Indian journal of veterinary science and animal husbandry - Volume 12,
Year: 1942
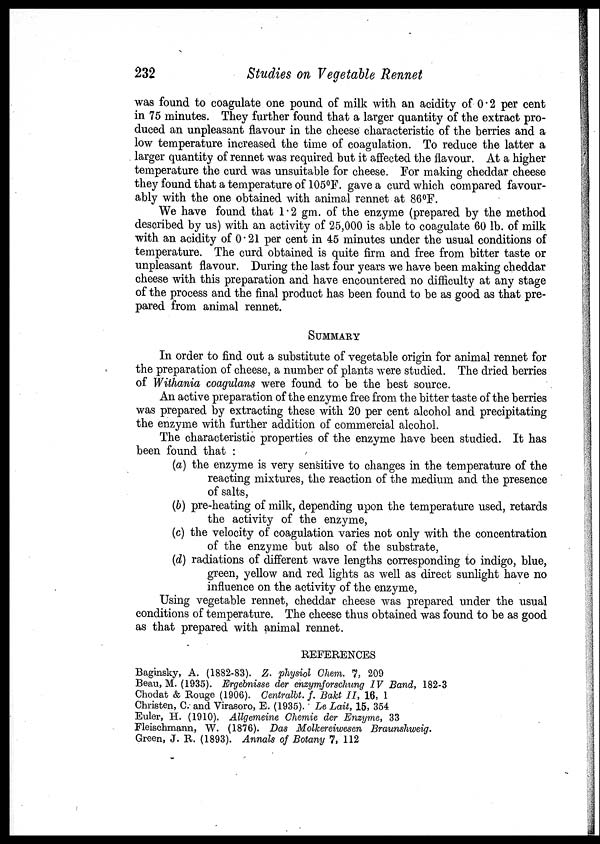
232
Studies on Vegetable Rennet
was found to coagulate one pound of milk with an acidity of 0.2 per cent
in 75 minutes. They further found that a larger quantity of the extract pro-
duced an unpleasant flavour in the cheese characteristic of the berries and a
low temperature increased the time of coagulation. To reduce the latter a
larger quantity of rennet was required but it affected the flavour. At a higher
temperature the curd was unsuitable for cheese. For making cheddar cheese
they found that a temperature of 105°F. gave a curd which compared favour-
ably with the one obtained with animal rennet at 86°F.
We have found that 1.2 gm. of the enzyme (prepared by the method
described by us) with an activity of 25,000 is able to coagulate 60 lb. of milk
with an acidity of 0.21 per cent in 45 minutes under the usual conditions of
temperature. The curd obtained is quite firm and free from bitter taste or
unpleasant flavour. During the last four years we have been making cheddar
cheese with this preparation and have encountered no difficulty at any stage
of the process and the final product has been found to be as good as that pre-
pared from animal rennet.
SUMMARY
In order to find out a substitute of vegetable origin for animal rennet for
the preparation of cheese, a number of plants were studied. The dried berries
of Withania coagulans were found to be the best source.
An active preparation of the enzyme free from the bitter taste of the berries
was prepared by extracting these with 20 per cent alcohol and precipitating
the enzyme with further addition of commercial alcohol.
The characteristic properties of the enzyme have been studied. It has
been found that :
(a) the enzyme is very sensitive to changes in the temperature of the
reacting mixtures, the reaction of the medium and the presence
of salts,
(b) pre-heating of milk, depending upon the temperature used, retards
the activity of the enzyme,
(c) the velocity of coagulation varies not only with the concentration
of the enzyme but also of the substrate,
(d) radiations of different wave lengths corresponding to indigo, blue,
green, yellow and red lights as well as direct sunlight have no
influence on the activity of the enzyme,
Using vegetable rennet, cheddar cheese was prepared under the usual
conditions of temperature. The cheese thus obtained was found to be as good
as that prepared with animal rennet.
REFERENCES
Baginsky, A. (1882-83). Z. physiol Chem. 7, 209
Beau, M. (1935). Ergebnisse der enzymforschung IV Band, 182-3
Chodat & Rouge (1906). Centralbt f. Bakt II, 16, 1
Christen, C. and Virasoro, E. (1935). Le Lait, 15, 354
Euler, H. (1910). Allgemeine Chemie der Enzyme, 33
Fleischmann, W. (1876). Das Molkereiwesen Braunshweig.
Green, J. R. (1893). Annals of Botany 7, 112